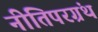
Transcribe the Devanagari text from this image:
नीतिपरग्रंथ